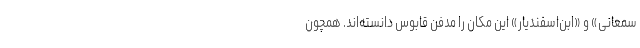
سمعانی» و «ابن‌اسفنديار» این مکان را مدفن قابوس دانسته‌اند. همچون